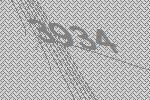
3934